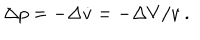
\Delta p = - \Delta \dot { v } = - \Delta V / v \ .